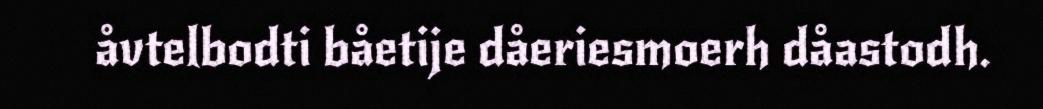
åvtelbodti båetije dåeriesmoerh dåastodh.